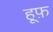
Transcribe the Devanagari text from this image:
हूफ़